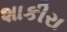
શાકીરા